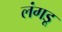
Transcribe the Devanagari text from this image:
लंगडू